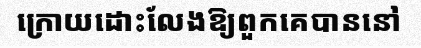
ក្រោយដោះលែងឱ្យពួកគេបាននៅ